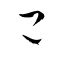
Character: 己